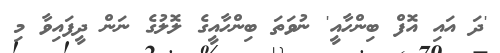
'ދަ އައި އޮފް ބިންހާއީ' ނުވަތަ ބިންހާއީގެ ލޮލުގެ ނަން ދީފައިވާ މި